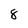
Character: 8